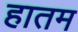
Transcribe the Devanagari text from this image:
हातम